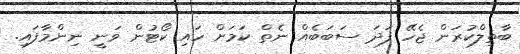
ބާތިލްކުރަން ޖެހޭ ފަދަ ސަބަބެއް ނެތް ކަމަށް ހައި ކޯޓުން ވަނީ ނިންމާފައި.